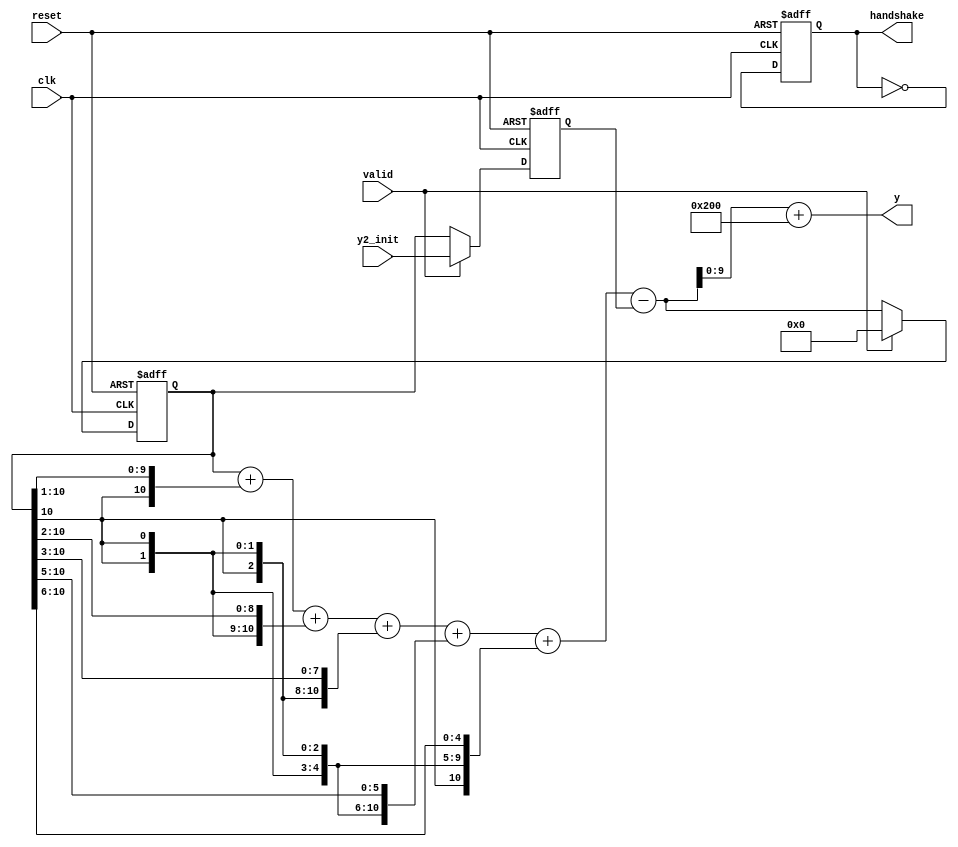
module DigSineGenerator(
    input                   clk,
    input                   reset,
    input           [10:0]  y2_init,
    input                   valid   ,
    output signed   [9:0]   y,
    output reg handshake
);
reg signed [10:0] y_1,y_2;
wire signed [10:0] y_r;

always@(posedge clk or posedge reset) begin
    if(reset)
        handshake <= 1'b0;
    else
        handshake <= ~handshake;
end


always@(posedge clk or posedge reset) begin
    if(reset) begin
        y_1 <= 11'b0;
        y_2 <= 11'b00010000000;  //sin(2*pi*F0/Fs)
    end
    else if(valid) begin
        y_1 <= 11'b0;
        y_2 <= y2_init;
    end
    else begin
        y_1 <= y_r;
        y_2 <= y_1;
    end
end

//012356
assign y_r = {y_1[10],{0{y_1[10]}},y_1[9:0]} + {y_1[10],{1{y_1[10]}},y_1[9:1]} + {y_1[10],{2{y_1[10]}},y_1[9:2]} + {y_1[10],{3{y_1[10]}},y_1[9:3]} + {y_1[10],{5{y_1[10]}},y_1[9:5]} + {y_1[10],{6{y_1[10]}},y_1[9:6]} - y_2;
 
assign y = y_r + 10'd512;


endmodule